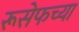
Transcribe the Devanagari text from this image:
रूसेफच्या